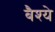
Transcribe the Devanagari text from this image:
बैश्ये